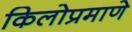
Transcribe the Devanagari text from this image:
किलोप्रमाणे